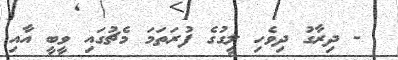
- ދިރާގު ދިވެހި ލީގުގެ ފުރަތަމަ މެޗުގައި ވީބީ އާއި